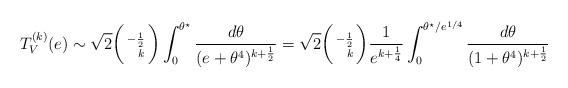
LaTeX: \begin{align*}T^{(k)}_V(e)\sim \sqrt{2}\bigg(\begin{smallmatrix}-\frac{1}{2}\\ ~~k\end{smallmatrix}\bigg)\int_0^{\theta^\star} \frac{d\theta}{(e+\theta^4)^{k+\frac{1}{2}}}= \sqrt{2}\bigg(\begin{smallmatrix}-\frac{1}{2}\\ ~~k\end{smallmatrix}\bigg)\frac{1}{e^{k+\frac{1}{4}}}\int_0^{\theta^\star/e^{1/4}} \frac{d\theta}{(1+\theta^4)^{k+\frac{1}{2}}}\end{align*}